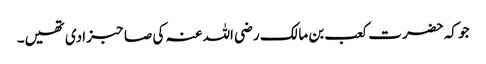
جو کہ حضرت کعب بن مالک رضی اللہ عنہ کی صاحبزادی تھیں۔